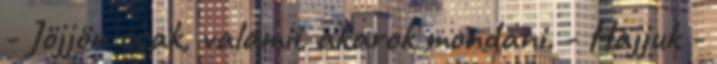
- Jöjjön csak, valamit akarok mondani. - Hajjuk -